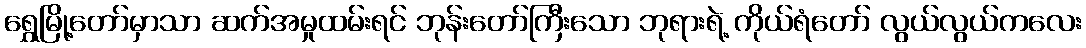
ရွှေမြို့တော်မှာသာ ဆက်အမှုထမ်းရင် ဘုန်းတော်ကြီးသော ဘုရားရဲ့ ကိုယ်ရံတော် လွယ်လွယ်ကလေး